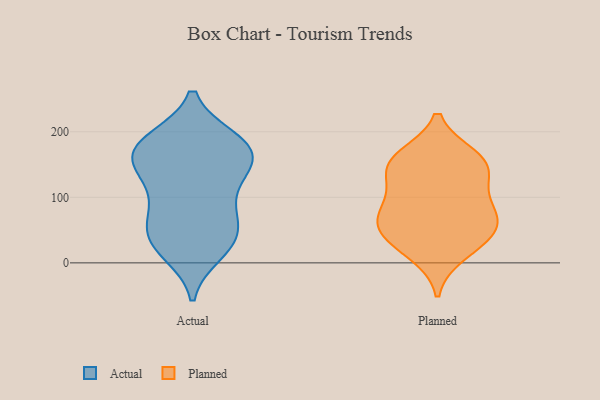
{"axis": {"x": "Tickets Resolved", "y": "Value"}, "legend": ["Actual", "Planned"], "data": [{"x": "", "y": 178, "type": "Actual"}, {"x": "", "y": 30, "type": "Actual"}, {"x": "", "y": 182, "type": "Actual"}, {"x": "", "y": 140, "type": "Actual"}, {"x": "", "y": 75, "type": "Actual"}, {"x": "", "y": 160, "type": "Actual"}, {"x": "", "y": 16, "type": "Actual"}, {"x": "", "y": 188, "type": "Actual"}, {"x": "", "y": 182, "type": "Actual"}, {"x": "", "y": 108, "type": "Actual"}, {"x": "", "y": 28, "type": "Actual"}, {"x": "", "y": 145, "type": "Actual"}, {"x": "", "y": 29, "type": "Actual"}, {"x": "", "y": 59, "type": "Actual"}, {"x": "", "y": 186, "type": "Actual"}, {"x": "", "y": 57, "type": "Actual"}, {"x": "", "y": 85, "type": "Actual"}, {"x": "", "y": 141, "type": "Actual"}, {"x": "", "y": 153, "type": "Actual"}, {"x": "", "y": 141, "type": "Planned"}, {"x": "", "y": 50, "type": "Planned"}, {"x": "", "y": 14, "type": "Planned"}, {"x": "", "y": 131, "type": "Planned"}, {"x": "", "y": 75, "type": "Planned"}, {"x": "", "y": 47, "type": "Planned"}, {"x": "", "y": 162, "type": "Planned"}, {"x": "", "y": 157, "type": "Planned"}, {"x": "", "y": 80, "type": "Planned"}, {"x": "", "y": 31, "type": "Planned"}, {"x": "", "y": 98, "type": "Planned"}, {"x": "", "y": 63, "type": "Planned"}, {"x": "", "y": 154, "type": "Planned"}]}